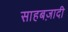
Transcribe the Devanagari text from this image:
साहबज़ादी